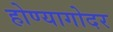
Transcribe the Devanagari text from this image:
होण्यागोदर